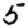
Digit: 5